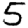
Digit: 5